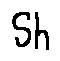
S h